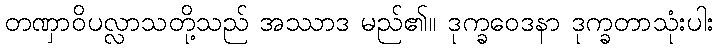
တဏှာဝိပလ္လာသတို့သည် အဿာဒ မည်၏။ ဒုက္ခဝေဒနာ ဒုက္ခတာသုံးပါး